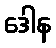
ဒေါန